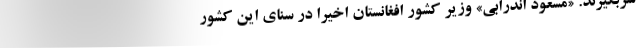
سربگیرند. «مسعود اندرابی» وزیر کشور افغانستان اخیراً در سنای این کشور